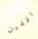
واقفين